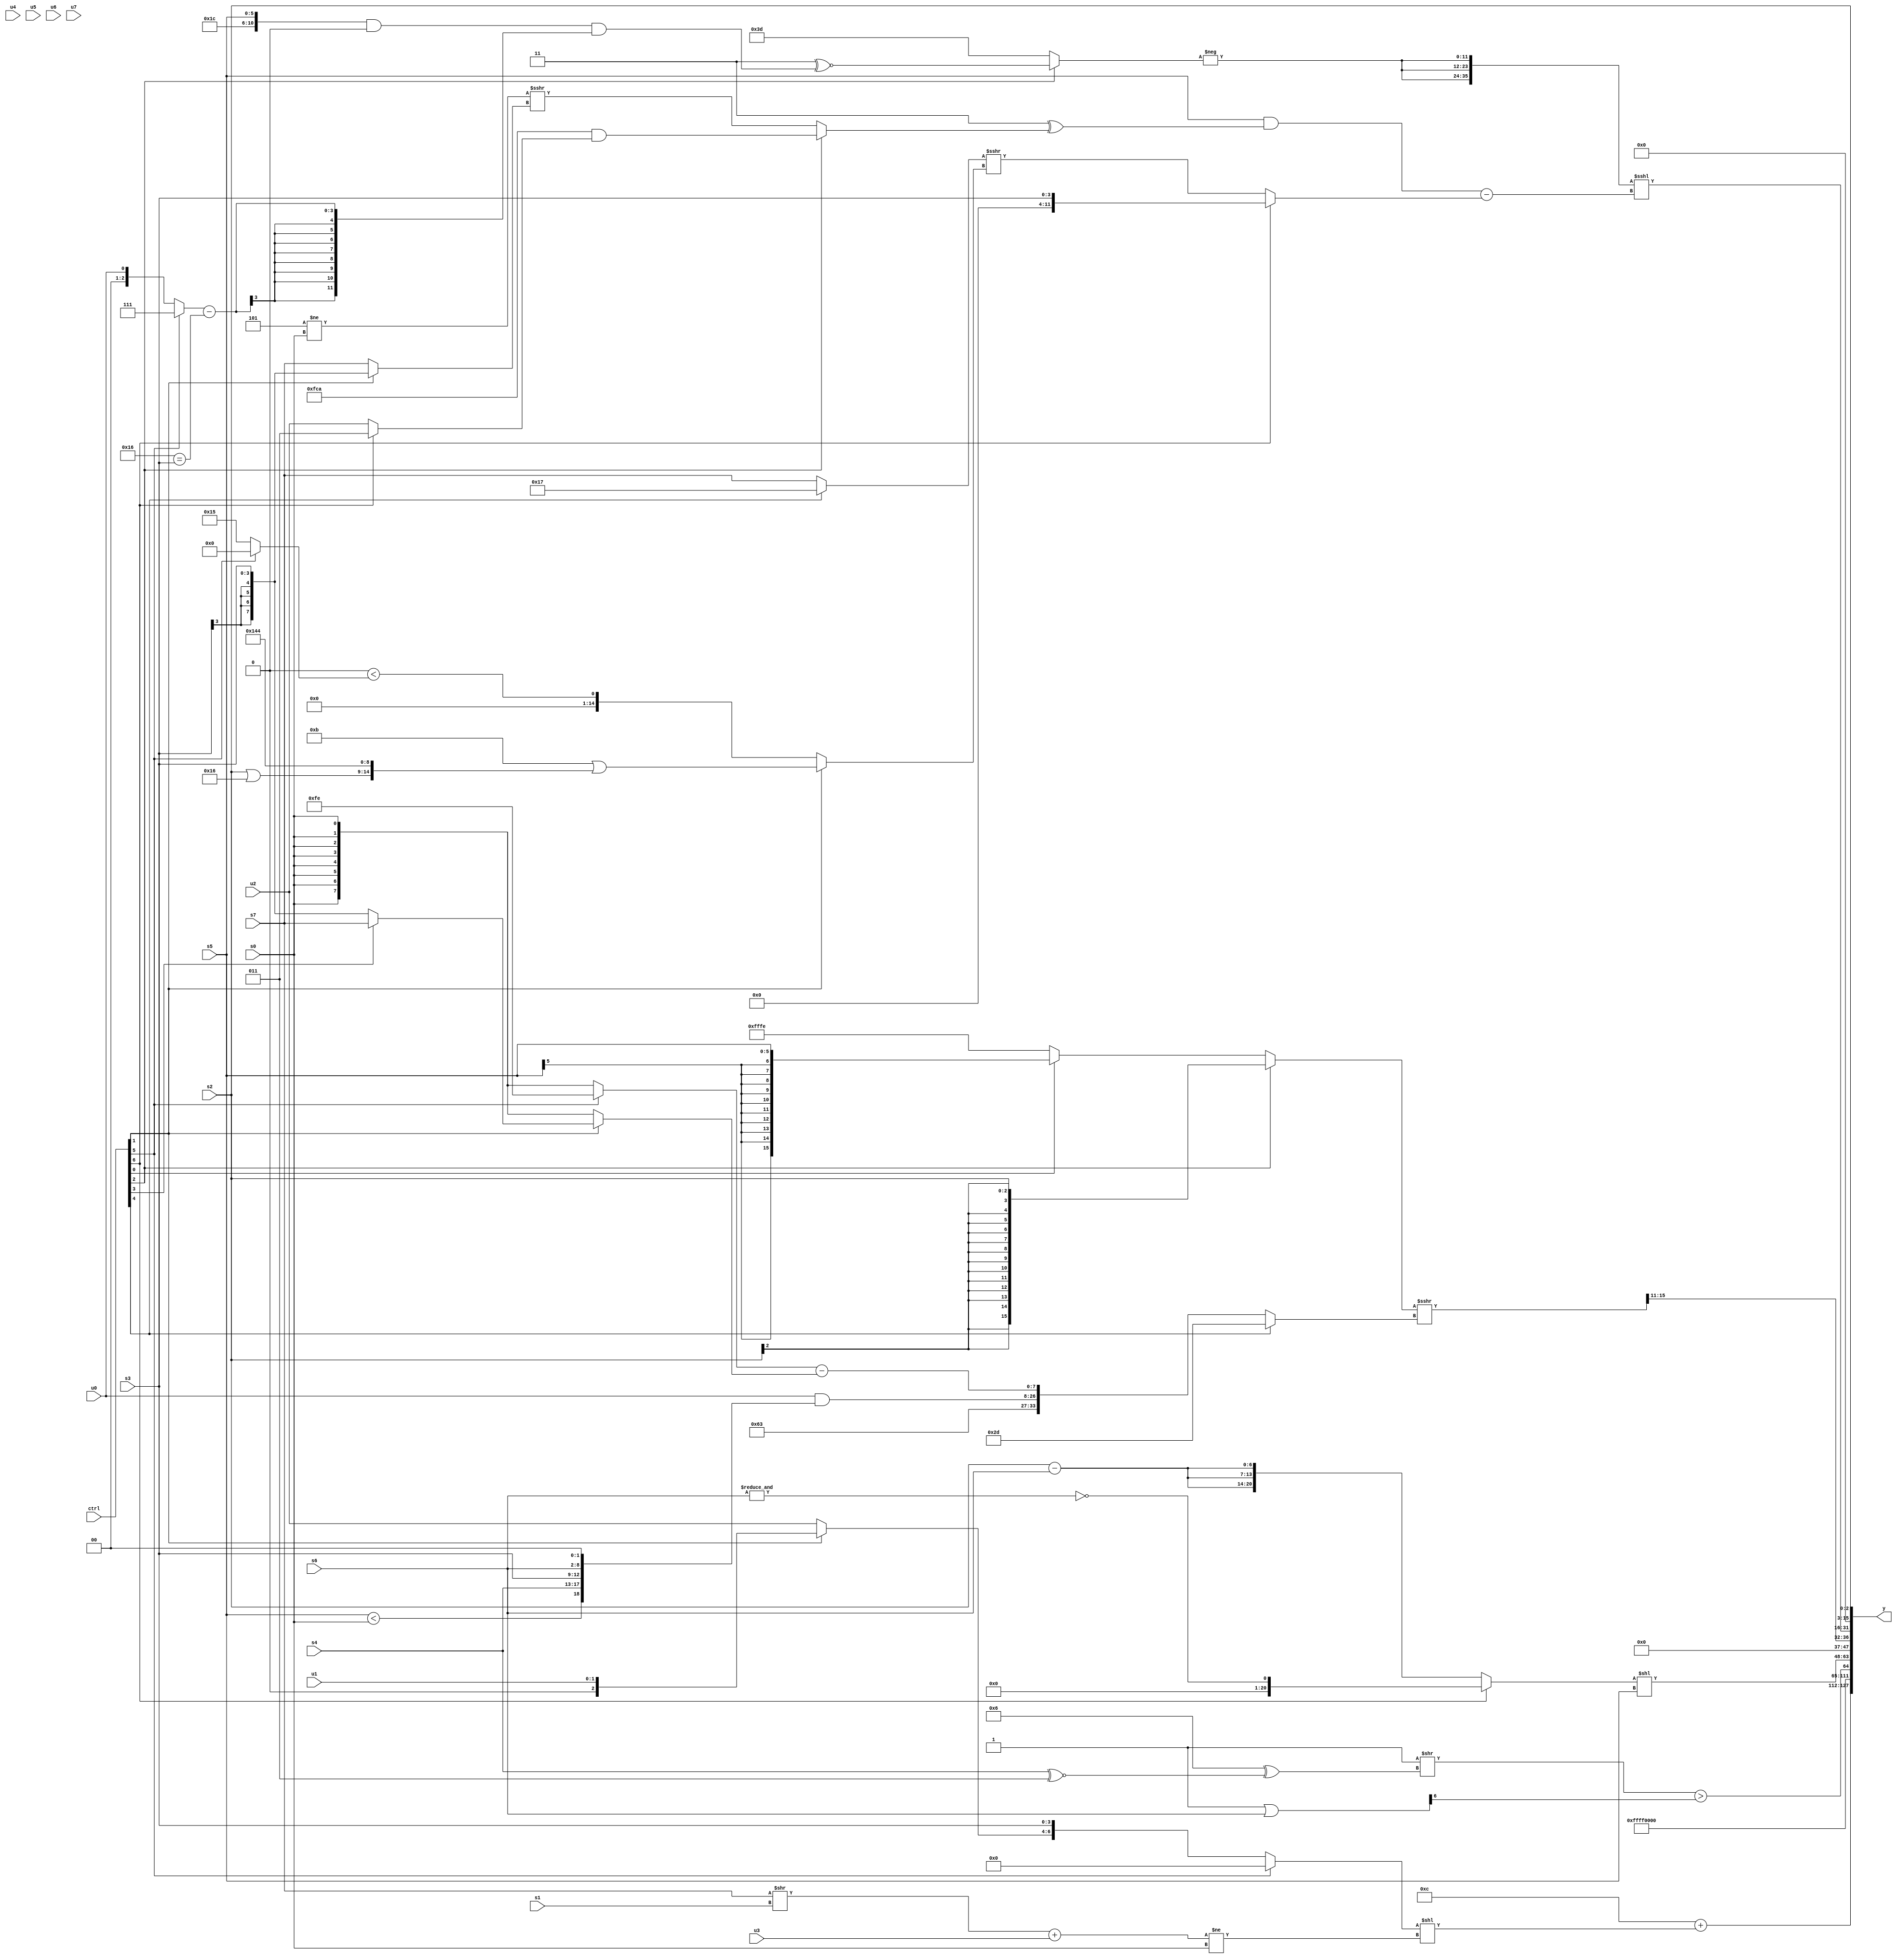
module wideexpr_00060(ctrl, u0, u1, u2, u3, u4, u5, u6, u7, s0, s1, s2, s3, s4, s5, s6, s7, y);
  input [7:0] ctrl;
  input [0:0] u0;
  input [1:0] u1;
  input [2:0] u2;
  input [3:0] u3;
  input [4:0] u4;
  input [5:0] u5;
  input [6:0] u6;
  input [7:0] u7;
  input signed [0:0] s0;
  input signed [1:0] s1;
  input signed [2:0] s2;
  input signed [3:0] s3;
  input signed [4:0] s4;
  input signed [5:0] s5;
  input signed [6:0] s6;
  input signed [7:0] s7;
  output [127:0] y;
  wire [15:0] y0;
  wire [15:0] y1;
  wire [15:0] y2;
  wire [15:0] y3;
  wire [15:0] y4;
  wire [15:0] y5;
  wire [15:0] y6;
  wire [15:0] y7;
  assign y = {y0,y1,y2,y3,y4,y5,y6,y7};
  assign y0 = (4'b1100)+(((ctrl[5]?(s3)<<({2{6'sb010010}}):{(ctrl[1]?u1:u2),s3}))<<((((s7)>>(s1))+(+(u3)))!=($signed($signed(s0)))));
  assign y1 = 4'sb0001;
  assign y2 = $signed(3'b110);
  assign y3 = (($signed(2'b11))>>(($signed(4'sb0110))^((s4)^~($signed(3'sb011)))))>(((2'sb11)|(s6))>>>((2'b10)^({2{3'sb001}})));
  assign y4 = ((ctrl[6]?$unsigned(-(+(~&(s6)))):{3{(s2)-($signed(s6))}}))<<(s5);
  assign y5 = (((ctrl[2]?s2:(ctrl[0]?s5:(1'sb0)-(3'sb010))))>>>((ctrl[4]?{2{-(3'sb011)}}:{$signed(+(~(5'b00111))),2'sb11,(u0)&({(s5)<(s0),{s4,s3,s6},(2'sb00)<<(4'sb0001)}),((ctrl[5]?4'sb1110:+(s0)))-((ctrl[1]?(ctrl[3]?s7:s3):s0))})))>>(+(4'sb1011));
  assign y6 = ({3{-((ctrl[2]?(2'b11)^~((({6'sb011100,s5})&(2'b00))&(((ctrl[5]?5'sb00111:u0))-((6'sb110110)==(s3)))):6'sb111101))}})<<<(((s5)&((+(2'sb11))^(+((ctrl[2]?({6'b111111,6'sb001010})&((ctrl[6]?6'sb000011:u2)):((3'sb101)!=(s0))>>>((ctrl[1]?s3:s7)))))))-((ctrl[6]?s3:((ctrl[4]?5'sb10111:s7))>>>((ctrl[1]?({4'b1011})|({(s2)|(6'sb010110),4'b1010,(5'sb00100)<<(1'b0)}):((ctrl[2]?(2'b00)<<(1'sb1):{3{2'sb00}}))<((ctrl[5]?{3{1'sb0}}:$unsigned(5'sb10101))))))));
  assign y7 = $unsigned($signed(s2));
endmodule